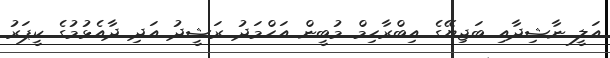
އަލީ ނާޝިދާއި ބަޖިޔޭގެ އިބްރާހިމް މުބީން އަހްމަދު ރަޝީދު އަދި ދާއެޅުމުގެ ކީޕަރު